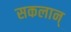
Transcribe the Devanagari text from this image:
सकलान्